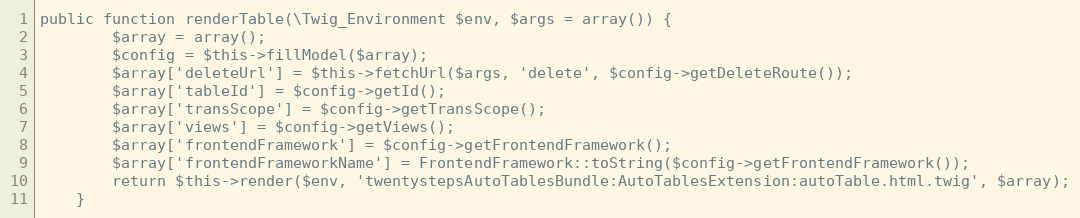
Language: PHP
public function renderTable(\Twig_Environment $env, $args = array()) {
        $array = array();
        $config = $this->fillModel($array);
        $array['deleteUrl'] = $this->fetchUrl($args, 'delete', $config->getDeleteRoute());
        $array['tableId'] = $config->getId();
        $array['transScope'] = $config->getTransScope();
        $array['views'] = $config->getViews();
        $array['frontendFramework'] = $config->getFrontendFramework();
        $array['frontendFrameworkName'] = FrontendFramework::toString($config->getFrontendFramework());
        return $this->render($env, 'twentystepsAutoTablesBundle:AutoTablesExtension:autoTable.html.twig', $array);
    }